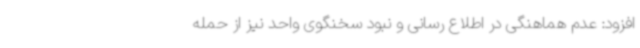
افزود: عدم هماهنگی در اطلاع رسانی و نبود سخنگوی واحد نیز از حمله